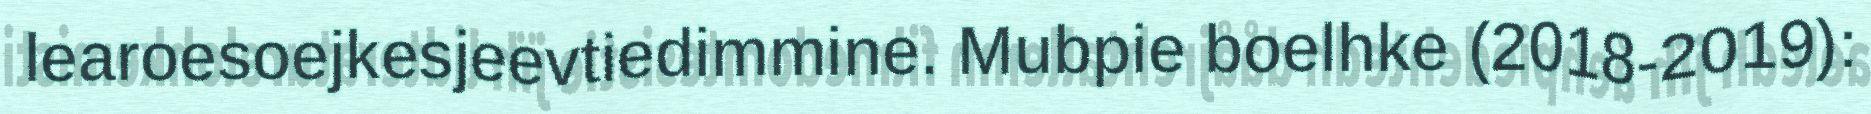
learoesoejkesjeevtiedimmine. Mubpie boelhke (2018-2019):